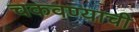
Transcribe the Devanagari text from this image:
चकवण्याची